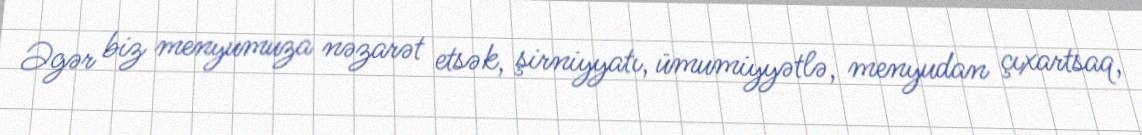
Əgər biz menyumuza nəzarət etsək, şirniyyatı, ümumiyyətlə, menyudan çıxartsaq,